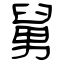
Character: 舅